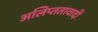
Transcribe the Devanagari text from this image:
अलिप्‍ततावादी